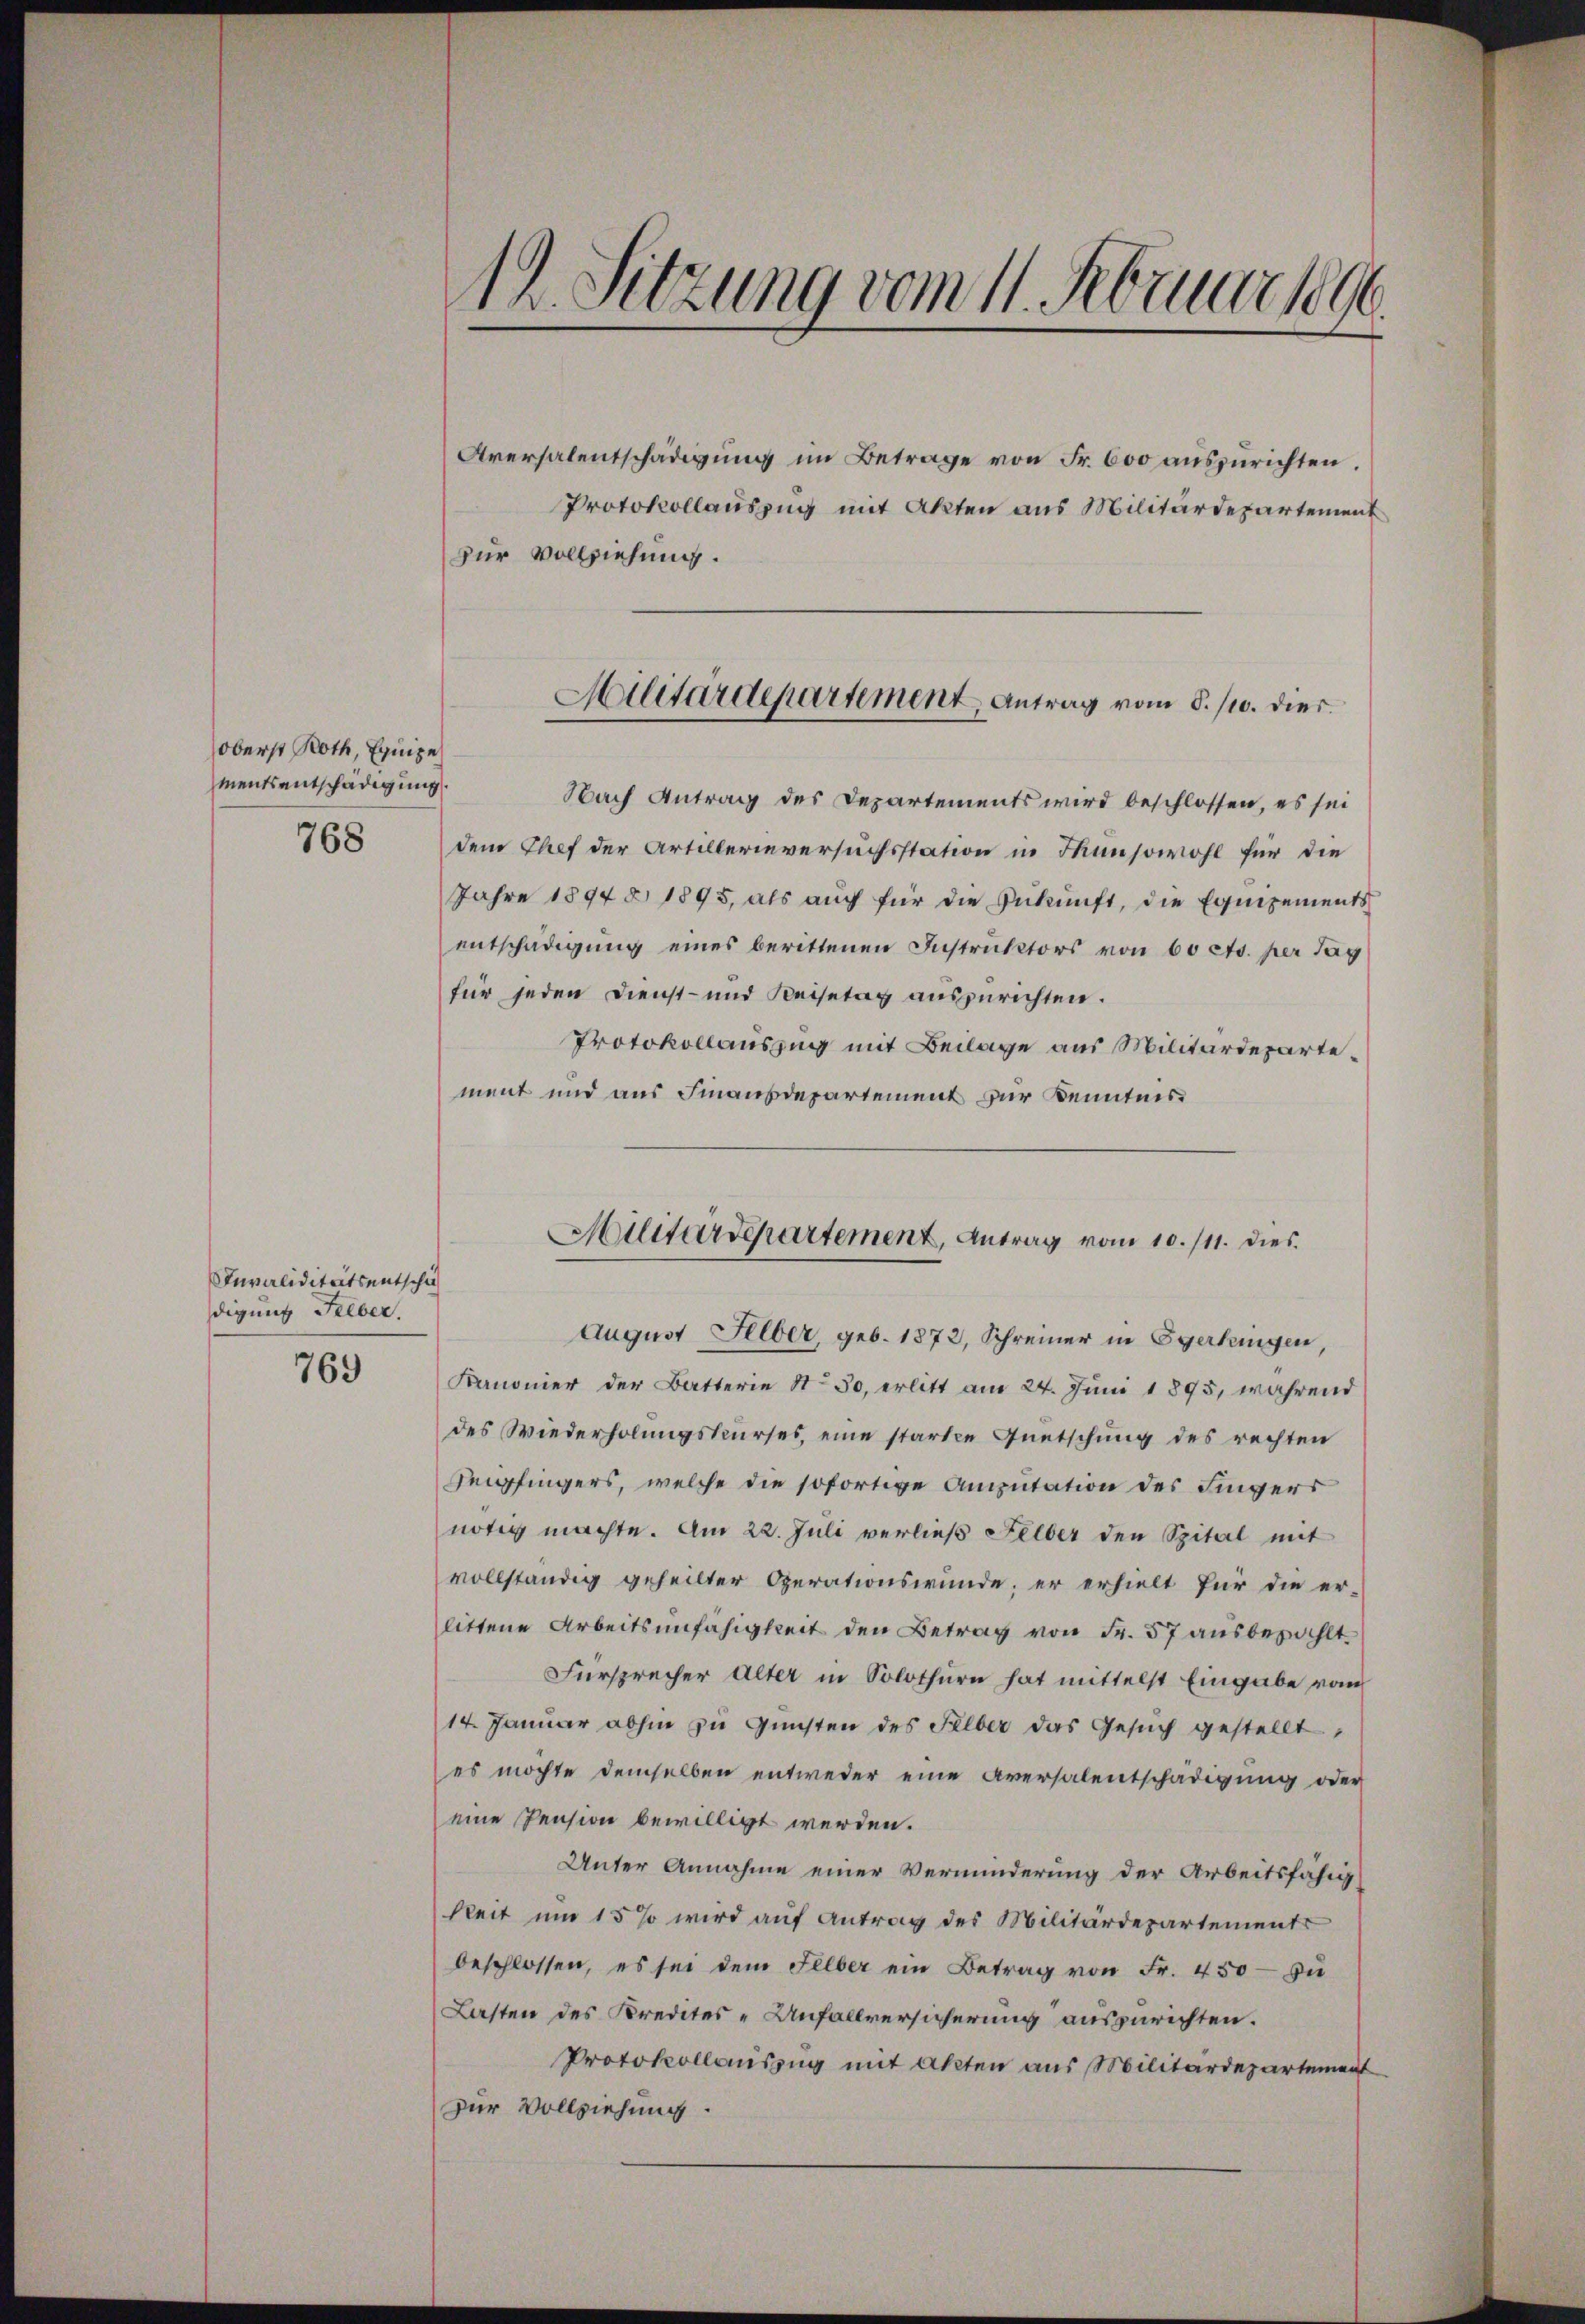
oberst Roth, Equipe
mentsentschädigung.
768

Invaliditätsentschich
digung selber.
769

12. Sitzung vom 11. Februar 1890.

Aversalentschädigŭng im Betrage von Fr. 600 auszurichten.
Protokollauszug mit Akten aus Militärdepartement
Nach Antrag des Departements wird beschlossen, es sei
dem Chef der Artillerieversuchsstation in Thunsowohl für die
Jahre 1894 § 1895, als aŭch für die Zŭkŭnft, die Equipements
entschädigung eines berittenen Instruktors von 60 cts. per Tag
für jeden Dienst- und Keisetag auszurichten.
Protokollauszing mit Beilage aus Militärdepartement und aus Finanzdepartement zur Kenntnis¬
August Silber, geb. 1872, Schreiner in Egerkingen,
Kanonier der Batterie S. 50, erlitt am 24. Jŭni 1895, während
des Wiederholungskurses, eine starke Guetschung des rechten
Keipfingers, welche die sofortige Amputation des Fingers
nötig machte. Am 22. Juli verließ Felber den Spital mit
vollständig geheilter Operationswunde; er erhielt für die er-
littene Arbeitsunfähigkeit den Betrag von Fr. 57 ausbezahlt
Fürsprecher Alter in Solothurn hat mittelst Eingabe vom
14. Januar abhin zu Gunsten des Selber das Gesuch gestellt,
es möchte demselben entweder eine Aversalentschädigung oder
eine Pension bewilligt werden.
Unter Annahme einer Verminderung der Arbeitsfähigkeit um 15 % wird auf Antrag des Militärdepartements
beschlossen, es sei dem Selber ein Betrag von Fr. 450 zu
Lasten des Kredites - Unfallversicherung auszurichten.
Protokollauszug mit akten aus Militärdepartement
zur Vollziehung

zur Vollziehung.

Militärdepartement Antrag vom 8./10. dies

Militärderartement, Antrag vom 10./11. dies